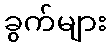
ခွက်များ